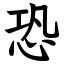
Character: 恐